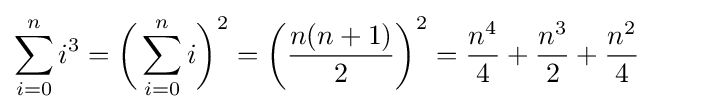
\sum _{i=0}^{n}i^{3}={\biggl (}\sum _{i=0}^{n}i{\biggr )}^{2}=\left({\frac {n(n+1)}{2}}\right)^{2}={\frac {n^{4}}{4}}+{\frac {n^{3}}{2}}+{\frac {n^{2}}{4}}\qquad